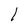
Character: l